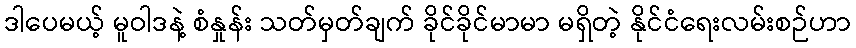
ဒါပေမယ့် မူဝါဒနဲ့ စံနှုန်း သတ်မှတ်ချက် ခိုင်ခိုင်မာမာ မရှိတဲ့ နိုင်ငံရေးလမ်းစဉ်ဟာ